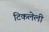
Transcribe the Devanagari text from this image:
टिकलेली